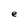
Character: e